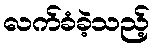
လက်ခံခဲ့သည့်